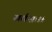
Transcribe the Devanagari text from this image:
सर्वशः।।